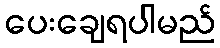
ပေးချေရပါမည်